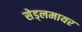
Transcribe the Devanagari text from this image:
सेड्लमायर